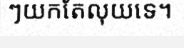
ៗយកតែលុយទេ។